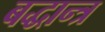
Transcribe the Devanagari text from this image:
बद्धान्त्र